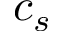
c _ { s }